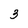
Character: 3